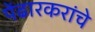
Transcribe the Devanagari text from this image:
पेंढारकरांचे